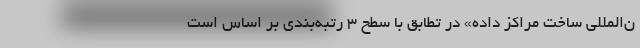
ن‌المللی ساخت مراکز داده» در تطابق با سطح ۳ رتبه‌بندی بر اساس است